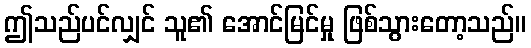
ဤသည်ပင်လျှင် သူ၏ အောင်မြင်မှု ဖြစ်သွားတော့သည်။